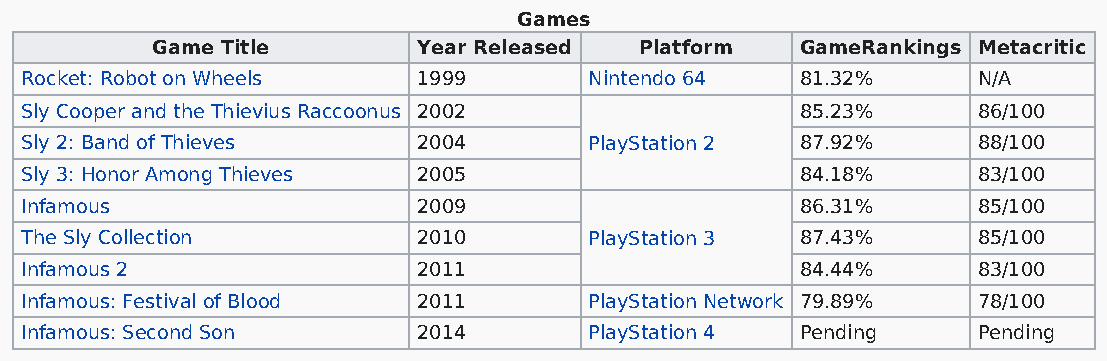
Games
 Game Title        Year Released Platform   GameRankings Metacritic
 Rocket: Robot on Wheels    1999       Nintendo 64   81.32%      N/A
 Sly Cooper and the Thievius Raccoonus 2002          85.23%      86/100
 Sly 2: Band of Thieves     2004       PlayStation 2 87.92%      88/100
 Sly 3: Honor Among Thieves 2005                     84.18%      83/100
 Infamous                   2009                     86.31%      85/100
 The Sly Collection         2010       PlayStation 3 87.43%      85/100
 Infamous 2                 2011                     84.44%      83/100
 Infamous: Festival of Blood 2011      PlayStation Network 79.89% 78/100
 Infamous: Second Son       2014       PlayStation 4 Pending     Pending